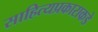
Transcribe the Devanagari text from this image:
साहित्यप्रकाराकडे